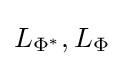
L_{\Phi ^{*}},L_{\Phi }